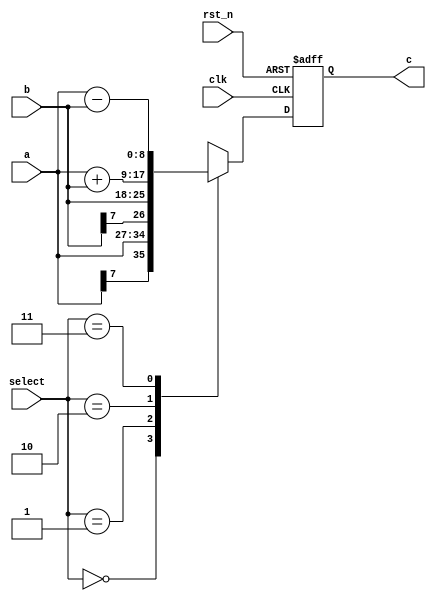
// ======================================================================
// Affiliation:			Tsinghua Univ
// Module Name:			data_select
// Description:			multi-function data calculate
// Additional Comments:	VL6 on nowcoder
// ======================================================================

`timescale 1ns/1ns

module data_select (
	input	wire					clk,
	input	wire					rst_n,
	input	wire	signed	[7: 0]	a,
	input	wire	signed	[7: 0]	b,
	input	wire			[1: 0]	select,
	output	wire	signed	[8: 0]	c
);

reg	signed	[8: 0]		c_reg;

assign	c  =  c_reg;

always @(posedge clk or negedge rst_n) begin
	if (~rst_n) begin
		c_reg <= 9'd0;
	end
	else begin
		case (select)
			2'd0: c_reg <= a;
			2'd1: c_reg <= b;
			2'd2: c_reg <= a + b;
			2'd3: c_reg <= a - b;
			default: c_reg <= 9'd0;
		endcase
	end
end

endmodule